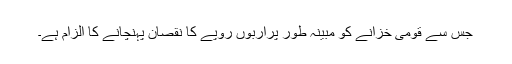
جس سے قومی خزانے کو مبینہ طور پراربوں روپے کا نقصان پہنچانے کا الزام ہے۔